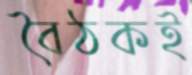
বৈঠকই